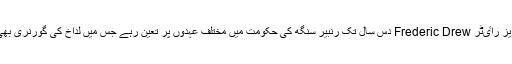
متذکرہ انگریز راٸٹر Frederic Drew دس سال تک رنبیر سنگھ کی حکومت میں مختلف عہدوں پر تعین رہے جس میں لداخ کی گورنری بھی شامل ہے۔